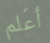
أعلم